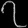
Digit: ၇